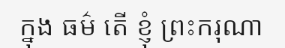
ក្នុង ធម៌ តើ ខ្ញុំ ព្រះករុណា